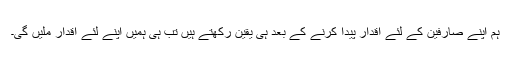
ہم اپنے صارفین کے لئے اقدار پیدا کرنے کے بعد ہی یقین رکھتے ہیں تب ہی ہمیں اپنے لئے اقدار ملیں گی۔